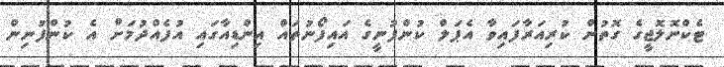
ޓެކްނޮލޮޖީގެ ގޮތުން ކުރިއަރާފައިވާ އެޕަލް ކުންފުނީގެ އައިފޯނުތައް އިންޑިއާގައި އުފެއްދުމަށް އެ ކުންފުނިން